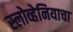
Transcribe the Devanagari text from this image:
स्लोव्हेनियाचा